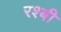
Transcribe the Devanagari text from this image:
रश्बी